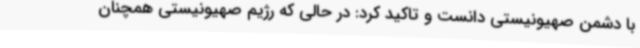
با دشمن صهیونیستی دانست و تاکید کرد: در حالی که رژیم صهیونیستی همچنان